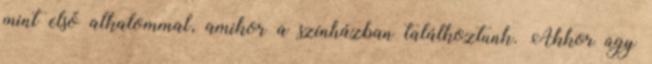
mint első alkalommal, amikor a színházban találkoztunk. Akkor úgy